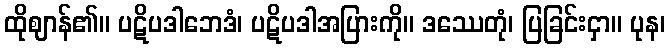
ထိုဈာန်၏။ ပဋိပဒါဘေဒံ၊ ပဋိပဒါအပြားကို။ ဒဿေတုံ၊ ပြခြင်းငှာ။ ပုန၊